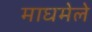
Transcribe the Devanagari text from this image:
माघमेले